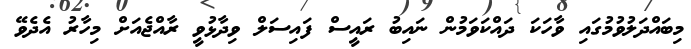
މިބައްދަލުވުމުގައި ވާހަކަ ދައްކަވަމުން ނައިބު ރައީސް ފައިސަލް ވިދާޅުވީ ރާއްޖެއަށް މިހާރު އެދެވޭ